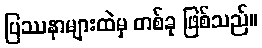
ပြဿနာများထဲမှ တစ်ခု ဖြစ်သည်။